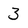
Character: 3